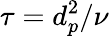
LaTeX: \tau=d_{p}^{2}/\nu